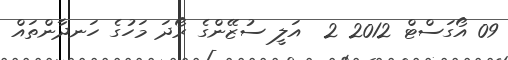
09 އޯގަސްޓް 2012 2  އަލީ ސުޒޭންގެ ރޯދަ މަހުގެ ހަނދާންތައް